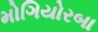
મોગિયોરબા